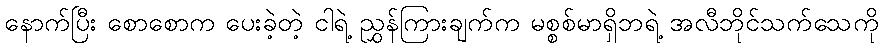
နောက်ပြီး စောစောက ပေးခဲ့တဲ့ ငါရဲ့ ညွှန်ကြားချက်က မစ္စစ်မာရှိဘရဲ့ အလီဘိုင်သက်သေကို